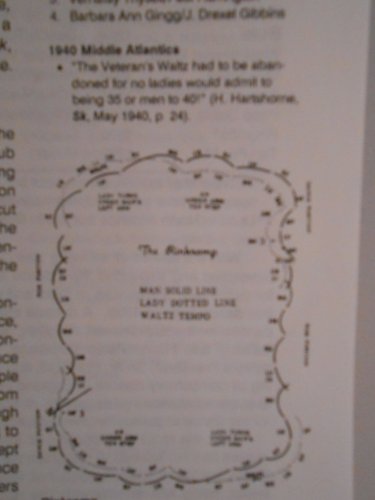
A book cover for Figure Skating History, Vol. 1: The Evolution of Dance on Ice; Lynn Copley-Graves; Sports & Outdoors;